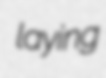
laying